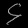
Digit: ၄